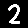
Digit: 2